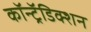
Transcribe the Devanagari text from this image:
कॉन्ट्रॅडिक्शन